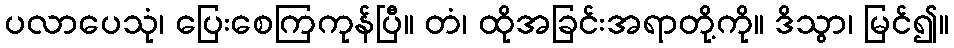
ပလာပေသုံ၊ ပြေးစေကြကုန်ပြီ။ တံ၊ ထိုအခြင်းအရာတို့ကို။ ဒိသွာ၊ မြင်၍။